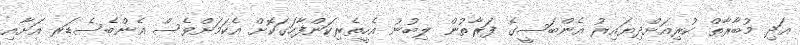
އަދި މުބާރާތް ކުރިއަށްދިޔައިރު އެންބަސީގެ ފަރާތުން ލިބުނު އެހީތެރިކަންފާހަގަކޮށް އެކަމަށްވެސް އެންބެސެޑަރ އަށާއި